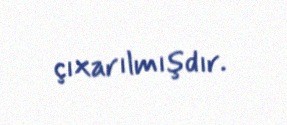
çıxarılmışdır.